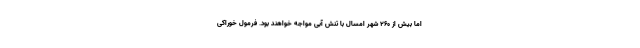
اما بیش از ۲۶۰ شهر امسال با تنش آبی مواجه خواهند بود. فرمول خوراکی